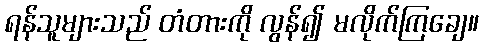
ရန်သူများသည် တံတားကို လွန်၍ မလိုက်ကြချေ။